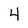
Character: 4